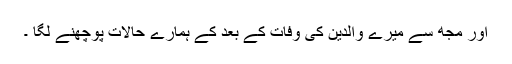
اور مجھ سے میرے والدین کی وفات کے بعد کے ہمارے حالات پوچھنے لگا ۔